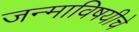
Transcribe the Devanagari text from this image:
जन्माविषयीचे